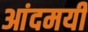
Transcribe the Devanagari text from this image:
आंदमयी